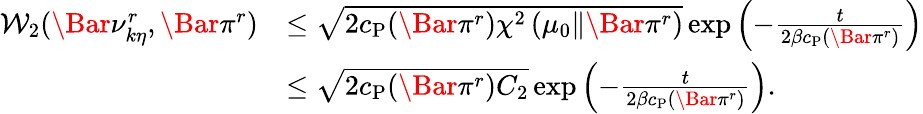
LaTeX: \begin{array}{rl}{\mathcal{W}_{2}(\Bar{\nu}_{k\eta}^{r},\Bar{\pi}^{r})}&{\le\sqrt{2c_{\mathrm{P}}(\Bar{\pi}^{r})\chi^{2}\left(\mu_{0}\| \Bar{\pi}^{r}\right)}\exp\left(-\frac{t}{2\beta c_{\mathrm{P}}(\Bar{\pi}^{r})}\right)}\\ &{\le\sqrt{2c_{\mathrm{P}}(\Bar{\pi}^{r})C_{2}}\exp\left(-\frac{t}{2\beta c_{\mathrm{P}}(\Bar{\pi}^{r})}\right).}\end{array}